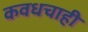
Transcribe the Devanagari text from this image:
कवधचाही